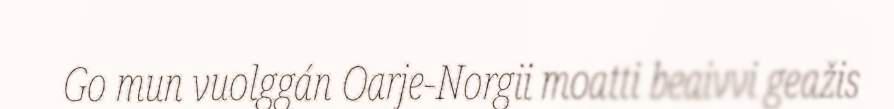
Go mun vuolggán Oarje-Norgii moatti beaivvi geažis